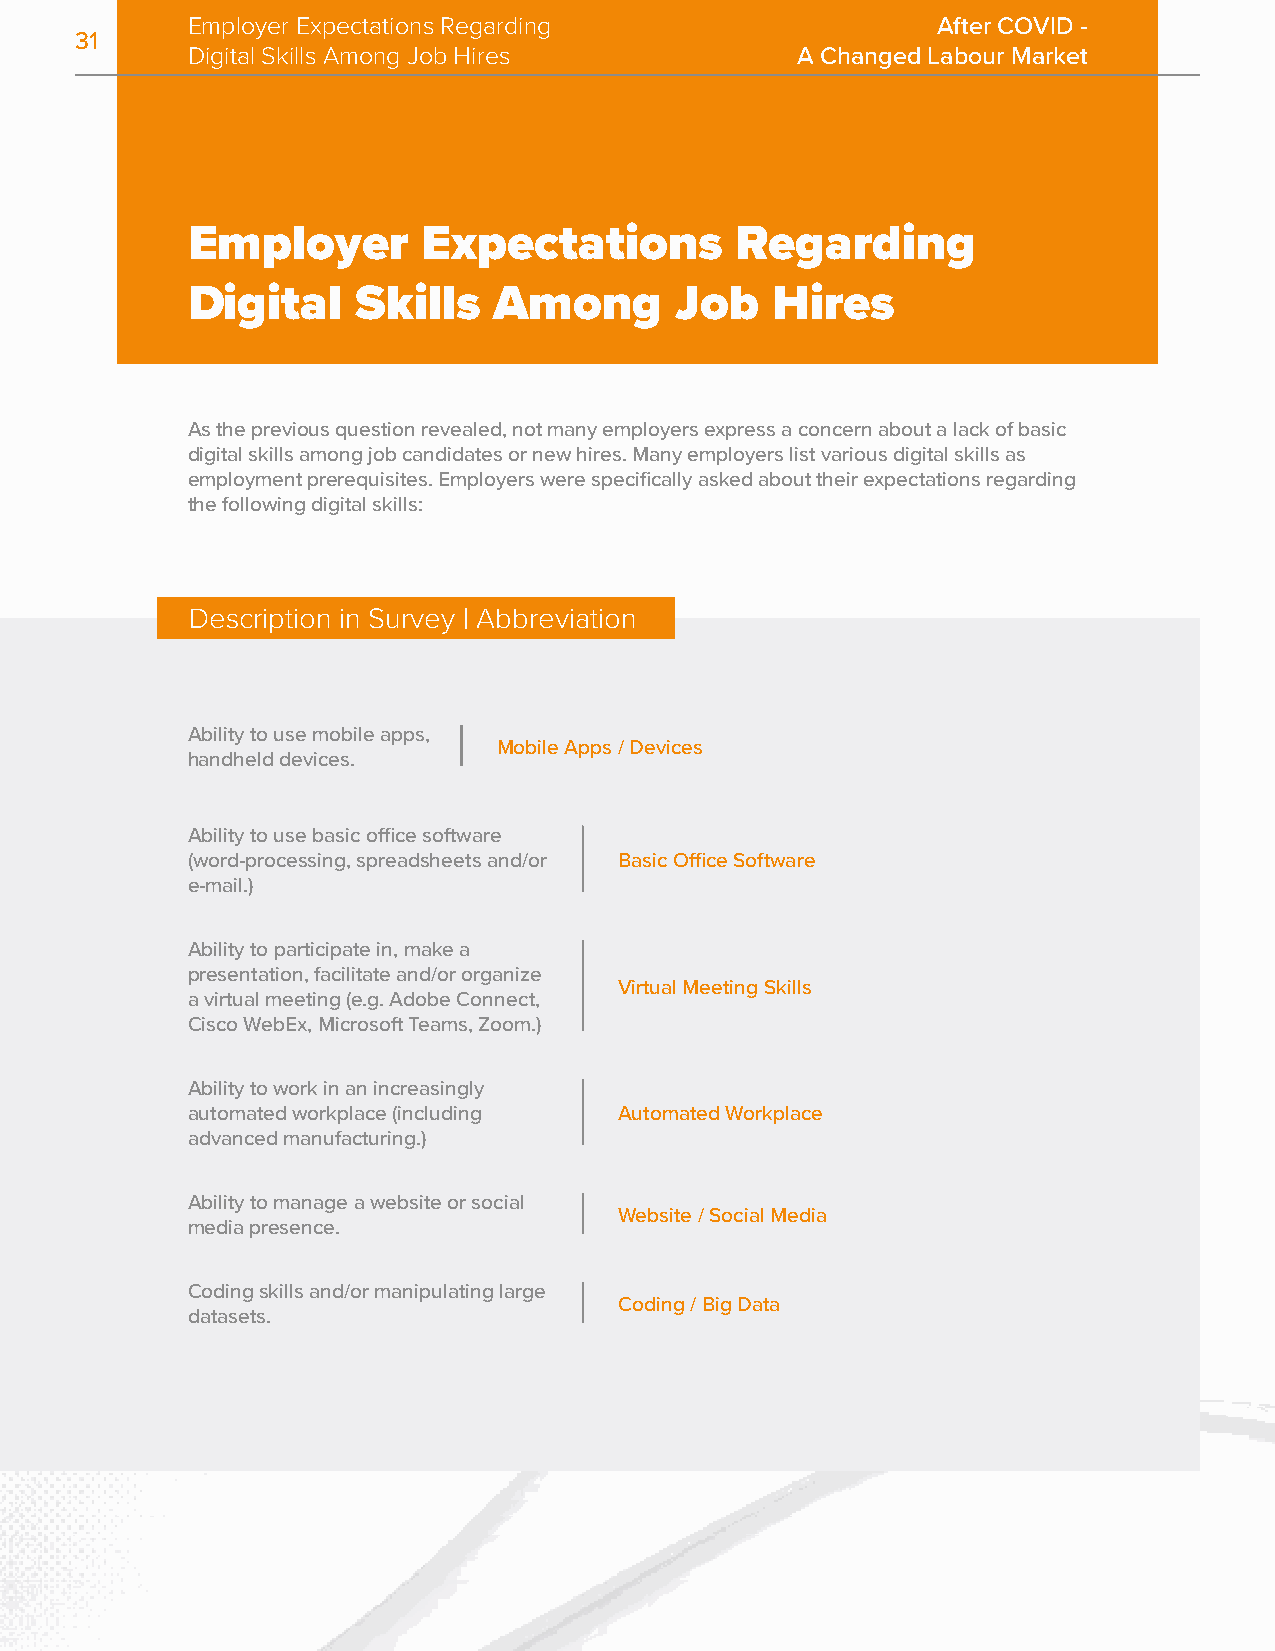
Employer Expectations Regarding                   After COVID -
 31
 Digital Skills Among Job Hires           A Changed Labour Market
 Employer        Expectations         Regarding
 Digital     Skills   Among       Job   Hires
 As the previous question revealed, not many employers express a concern about a lack of basic
 digital skills among job candidates or new hires. Many employers list various digital skills as
 employment prerequisites. Employers were specifically asked about their expectations regarding
 the following digital skills:
 Description in Survey | Abbreviation
 Ability to use mobile apps,
 Mobile Apps / Devices
 handheld devices.
 Ability to use basic office software
 (word-processing, spreadsheets and/or Basic Office Software
 e-mail.)
 Ability to participate in, make a
 presentation, facilitate and/or organize
 Virtual Meeting Skills
 a virtual meeting (e.g. Adobe Connect,
 Cisco WebEx, Microsoft Teams, Zoom.)
 Ability to work in an increasingly
 automated workplace (including Automated Workplace
 advanced manufacturing.)
 Ability to manage a website or social
 Website / Social Media
 media presence.
 Coding skills and/or manipulating large
 Coding / Big Data
 datasets.